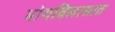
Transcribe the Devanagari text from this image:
भोगविलासात